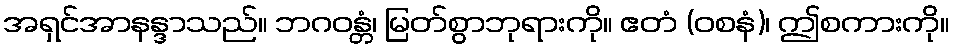
အရှင်အာနန္ဒာသည်။ ဘဂဝန္တံ၊ မြတ်စွာဘုရားကို။ ဧတံ (ဝစနံ)၊ ဤစကားကို။